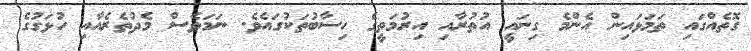
ގޮތެއްގައި ތަމަޅައިން އެންމެ ގިނައީ އުތުރާއި އިރުމަތީގެ ހިސާބުތަކުގައެވެ. ނަމަވެސް މެދުތެރެއާއި ހުޅަގުގެ